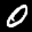
Label: 0